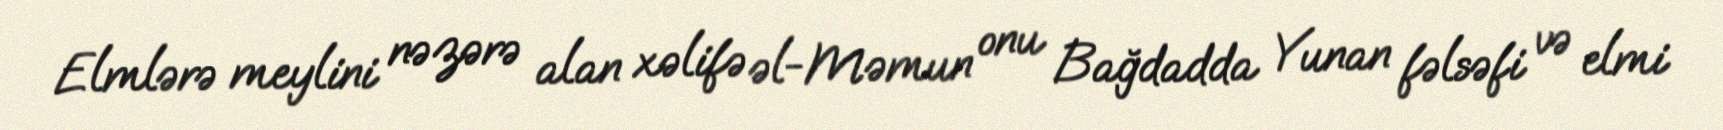
Elmlərə meylini nəzərə alan xəlifə əl-Məmun onu Bağdadda Yunan fəlsəfi və elmi